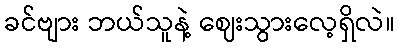
ခင်ဗျား ဘယ်သူနဲ့ ဈေးသွားလေ့ရှိလဲ။